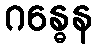
ဂန္ဓေန